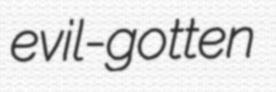
evil-gotten